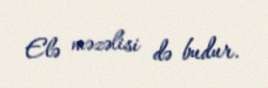
Elə məzəlisi də budur.